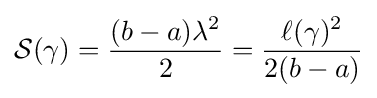
{\mathcal {S}}(\gamma )={\frac {(b-a)\lambda ^{2}}{2}}={\frac {\ell (\gamma )^{2}}{2(b-a)}}